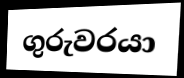
ගුරුවරයා